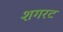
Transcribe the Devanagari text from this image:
शगरट